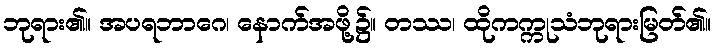
ဘုရား၏။ အပရဘာဂေ၊ နောက်အဖို့၌။ တဿ၊ ထိုကက္ကုသံဘုရားမြတ်၏။